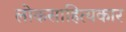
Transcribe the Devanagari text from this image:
लोकसाहित्यकार